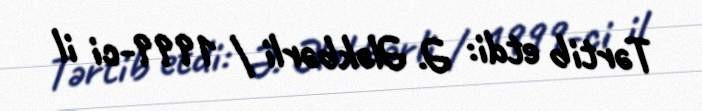
Tərtib etdi: Ə. Ələkbərli / 1999-ci il